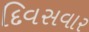
દિવસવાર